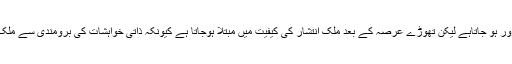
ایسے جبری ہتھکنڈوں سے حکمرانو ں کو وقتی فائدہ تو ضرور ہو جاتاہے لیکن تھوڑے عرصہ کے بعد ملک انتشار کی کیفیت میں مبتلا ہوجاتا ہے کیونکہ ذاتی خواہشات کی برومندی سے ملک کابحرانی کیفیت میں مبتلا ہو جا نا فطری ردِ عمل ہوتا ہے۔